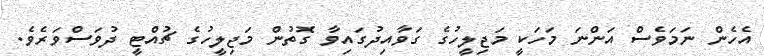
އެހެން ނަމަވެސް އަންނަ މަހަކީ މަޖިލީހުގެ ގަވާއިދުގައިވާ ގޮތުން މަޖިލީހުގެ ޗުއްޓީ ދުވަސްވަރެވެ.